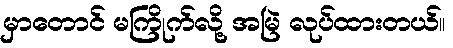
မှာတောင် မကြိုက်လို့ အမြဲ လုပ်ထားတယ်။